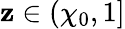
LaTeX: \mathbf{z}\in(\chi_{0},1]